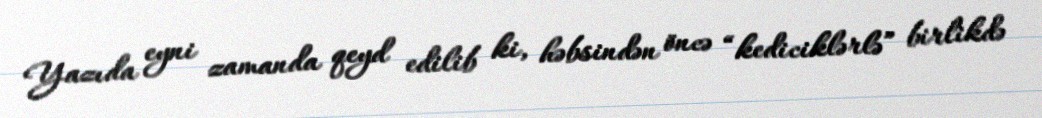
Yazıda eyni zamanda qeyd edilib ki, həbsindən öncə “kediciklərlə” birlikdə